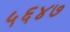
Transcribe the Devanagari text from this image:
५६४७